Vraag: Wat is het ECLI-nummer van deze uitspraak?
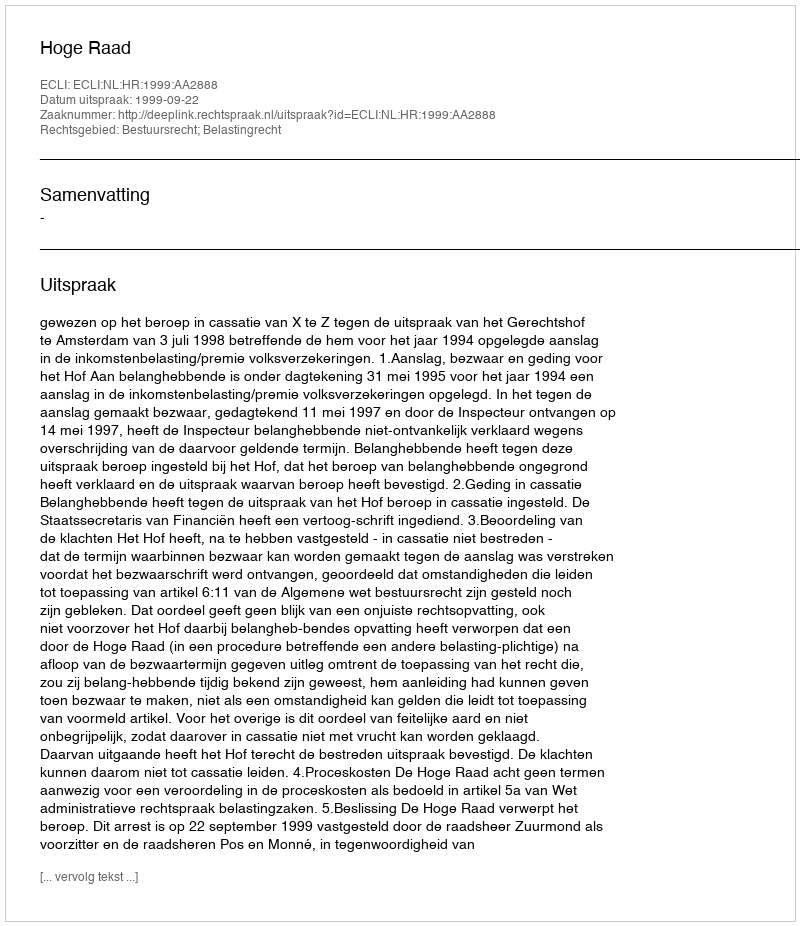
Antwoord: ECLI:NL:HR:1999:AA2888